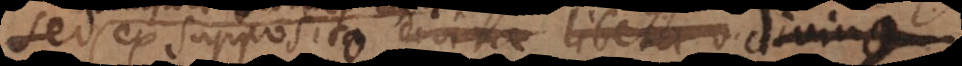
sed ex supposita divina libera divina